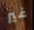
غير